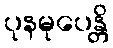
ပုနမုပေန္တိ